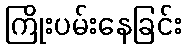
ကြိုးပမ်းနေခြင်း